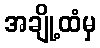
အချို့ထံမှ